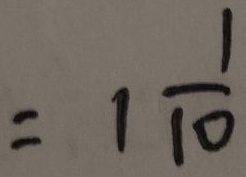
= 1 \frac { 1 } { 1 0 }